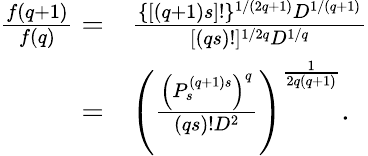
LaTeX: \begin{array}{rl}{\frac{f(q+1)}{f(q)}=}&{\frac{\{ [(q+1)s]!\} ^{1/(2q+1)}D^{1/(q+1)}}{[(qs)!]^{1/2q}D^{1/q}}}\\ {=}&{\left(\frac{\left(P_{s}^{(q+1)s}\right)^{q}}{(qs)!D^{2}}\right)^{\frac{1}{2q(q+1)}}.}\end{array}